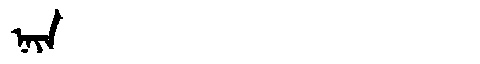
Manchu: ᠨᠠᠶᠠ
Romanization: NAYA